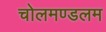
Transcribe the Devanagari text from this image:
चोलमण्डलम